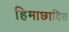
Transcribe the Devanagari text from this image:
हिमाछादित